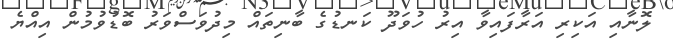
ލޮނާއި އަކިރި އަރާފައިވާ އިރު ހުވަދޫ ކަނޑުގެ ބާނިތައް މިދުވަސްވަރު ބޮޑުވުމުން އިއްޔެ